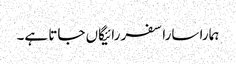
ہمارا سارا سفر رائیگاں جاتا ہے۔